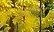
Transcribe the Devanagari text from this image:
मंगलकार्ये